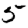
Digit: 5